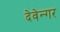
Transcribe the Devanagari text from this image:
देवेन्गर